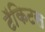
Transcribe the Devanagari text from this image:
टॅकिटस